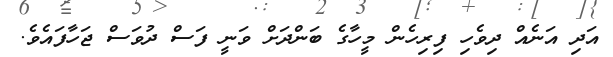
އަދި އަނެއް ދިވެހި ފިރިހެން މީހާގެ ބަންދަށް ވަނީ ފަސް ދުވަސް ޖަހާފައެވެ.